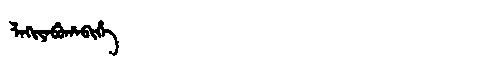
Manchu: ᠯᠠᡴᡳᠶᠠᠪᡠᡥᠠᠪᡳᡥᡝ
Romanization: LAKIYABUHABIHE